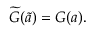
\widetilde { \cal G } ( \tilde { a } ) = { \cal G } ( a ) .